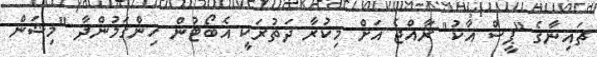
ޗައިނާގެ "ޕީސް އާކު" ރާއްޖެ އަށް މިކުރާ ދަތުރަކީ އެބޯޓުން ހިންގަމުންދާ "މިޝަން